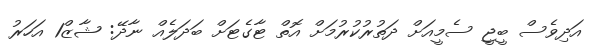
އަދިވެސް ބީޖީ ސެމީއަށް ދަތުރުކުރުމަށް އޮތް ޓާގެޓަށް ބަދަލެއް ނާދޭ: ޝާޒް1 އަހަރު